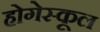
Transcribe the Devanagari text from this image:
होगेस्कूल